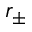
r _ { \pm }